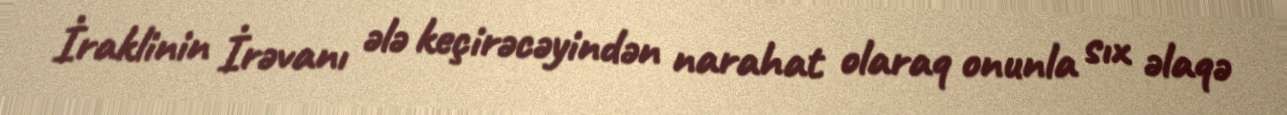
İraklinin İrəvanı ələ keçirəcəyindən narahat olaraq onunla sıx əlaqə